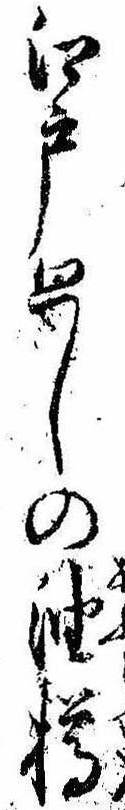
江戸廻しの油樽